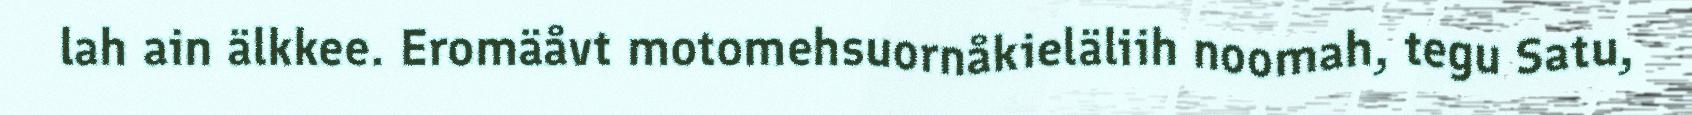
lah ain älkkee. Eromäåvt motomehsuornåkieläliih noomah, tegu Satu,